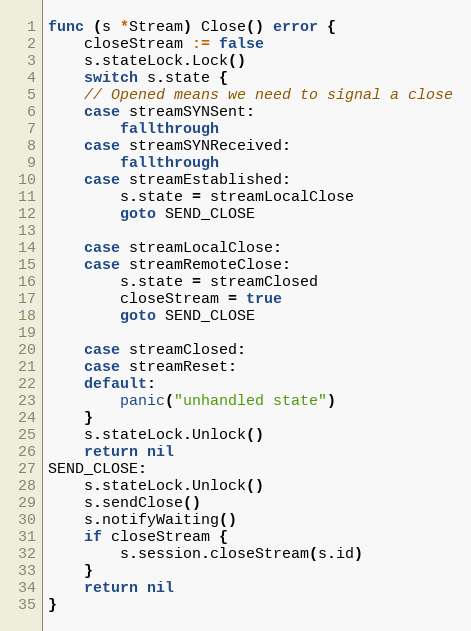
Language: Go
func (s *Stream) Close() error {
	closeStream := false
	s.stateLock.Lock()
	switch s.state {
	// Opened means we need to signal a close
	case streamSYNSent:
		fallthrough
	case streamSYNReceived:
		fallthrough
	case streamEstablished:
		s.state = streamLocalClose
		goto SEND_CLOSE

	case streamLocalClose:
	case streamRemoteClose:
		s.state = streamClosed
		closeStream = true
		goto SEND_CLOSE

	case streamClosed:
	case streamReset:
	default:
		panic("unhandled state")
	}
	s.stateLock.Unlock()
	return nil
SEND_CLOSE:
	s.stateLock.Unlock()
	s.sendClose()
	s.notifyWaiting()
	if closeStream {
		s.session.closeStream(s.id)
	}
	return nil
}